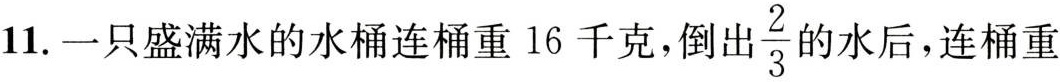
1.一只盛满水的水桶连桶重16千克，倒出 $$\frac{2}{3}$$ 的水后，连桶重